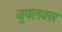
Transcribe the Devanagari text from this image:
जुपलक्स